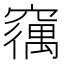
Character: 𮄘